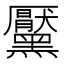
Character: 黶